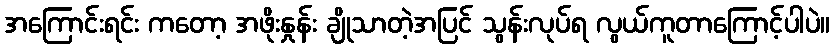
အကြောင်းရင်း ကတော့ အဖိုးနှုန်း ချိုသာတဲ့အပြင် သွန်းလုပ်ရ လွယ်ကူတာကြောင့်ပါပဲ။